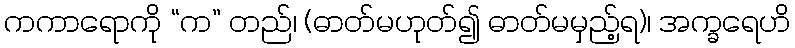
ကကာရောကို “က” တည်၊ (ဓာတ်မဟုတ်၍ ဓာတ်မမှည့်ရ)၊ အက္ခရေဟိ